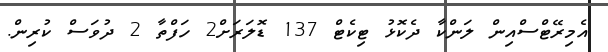
އެމިރޭޓްސްއިން ލަންކާ ދެކޮޅު ޓިކެޓް 137 ޑޮލަރަށް2 ހަފްތާ 2 ދުވަސް ކުރިން.